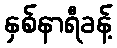
နှစ်နာရီခန့်